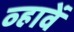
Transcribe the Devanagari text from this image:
व्हावें